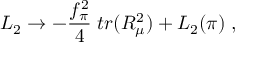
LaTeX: { \cal L } _ { 2 } \rightarrow - \frac { f _ { \pi } ^ { 2 } } { 4 } \; t r ( R _ { \mu } ^ { 2 } ) + { \cal L } _ { 2 } ( \pi ) \; ,